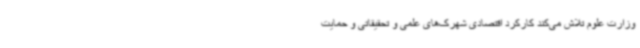
وزارت علوم تلاش می‌کند کارکرد اقتصادی شهرک‌های علمی و تحقیقاتی و حمایت